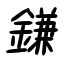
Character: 鎌